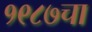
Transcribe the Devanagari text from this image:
१९८७चा